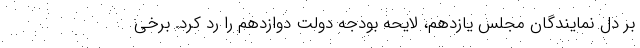
بر دل نمایندگان مجلس یازدهم، لایحه بودجه دولت دوازدهم را رد کرد. برخی